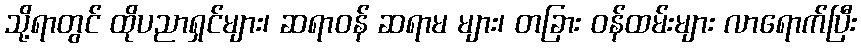
သို့ရာတွင် ထိုပညာရှင်များ၊ ဆရာဝန် ဆရာမ များ၊ တခြား ဝန်ထမ်းများ လာရောက်ပြီး